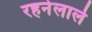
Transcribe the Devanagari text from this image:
रहनेलाले